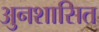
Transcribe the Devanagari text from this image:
अुनशासित